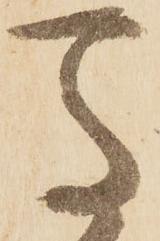
馬